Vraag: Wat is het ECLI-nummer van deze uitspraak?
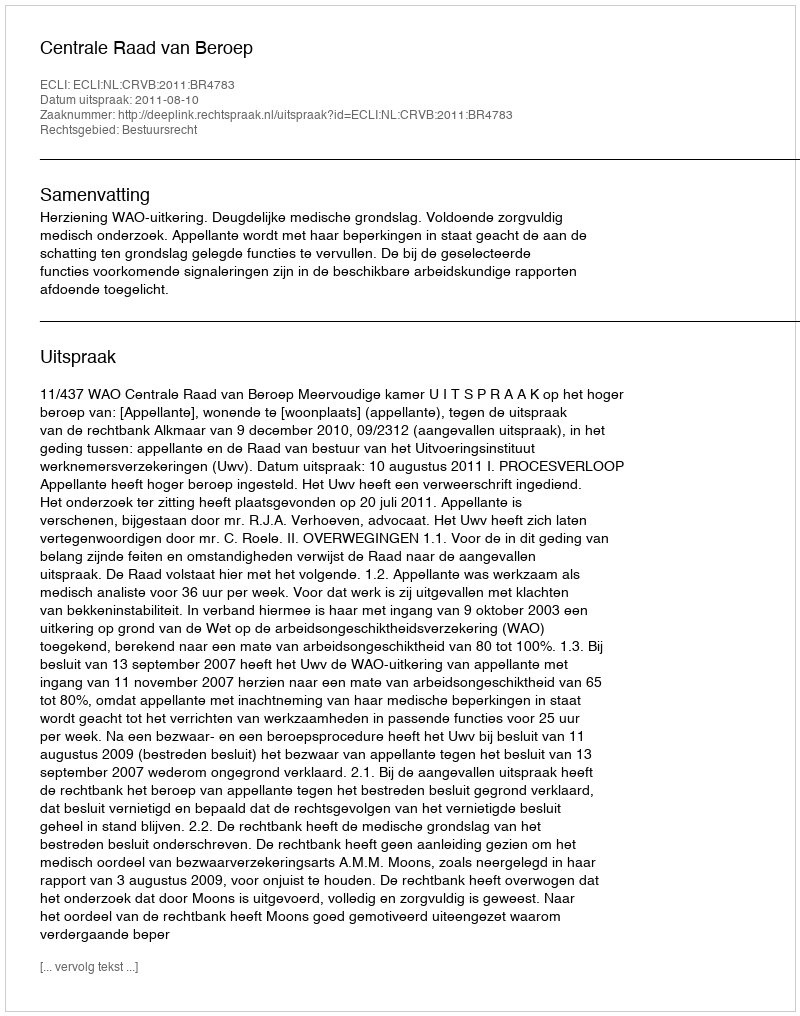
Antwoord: ECLI:NL:CRVB:2011:BR4783